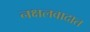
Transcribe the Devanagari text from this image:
नक्षलवादात